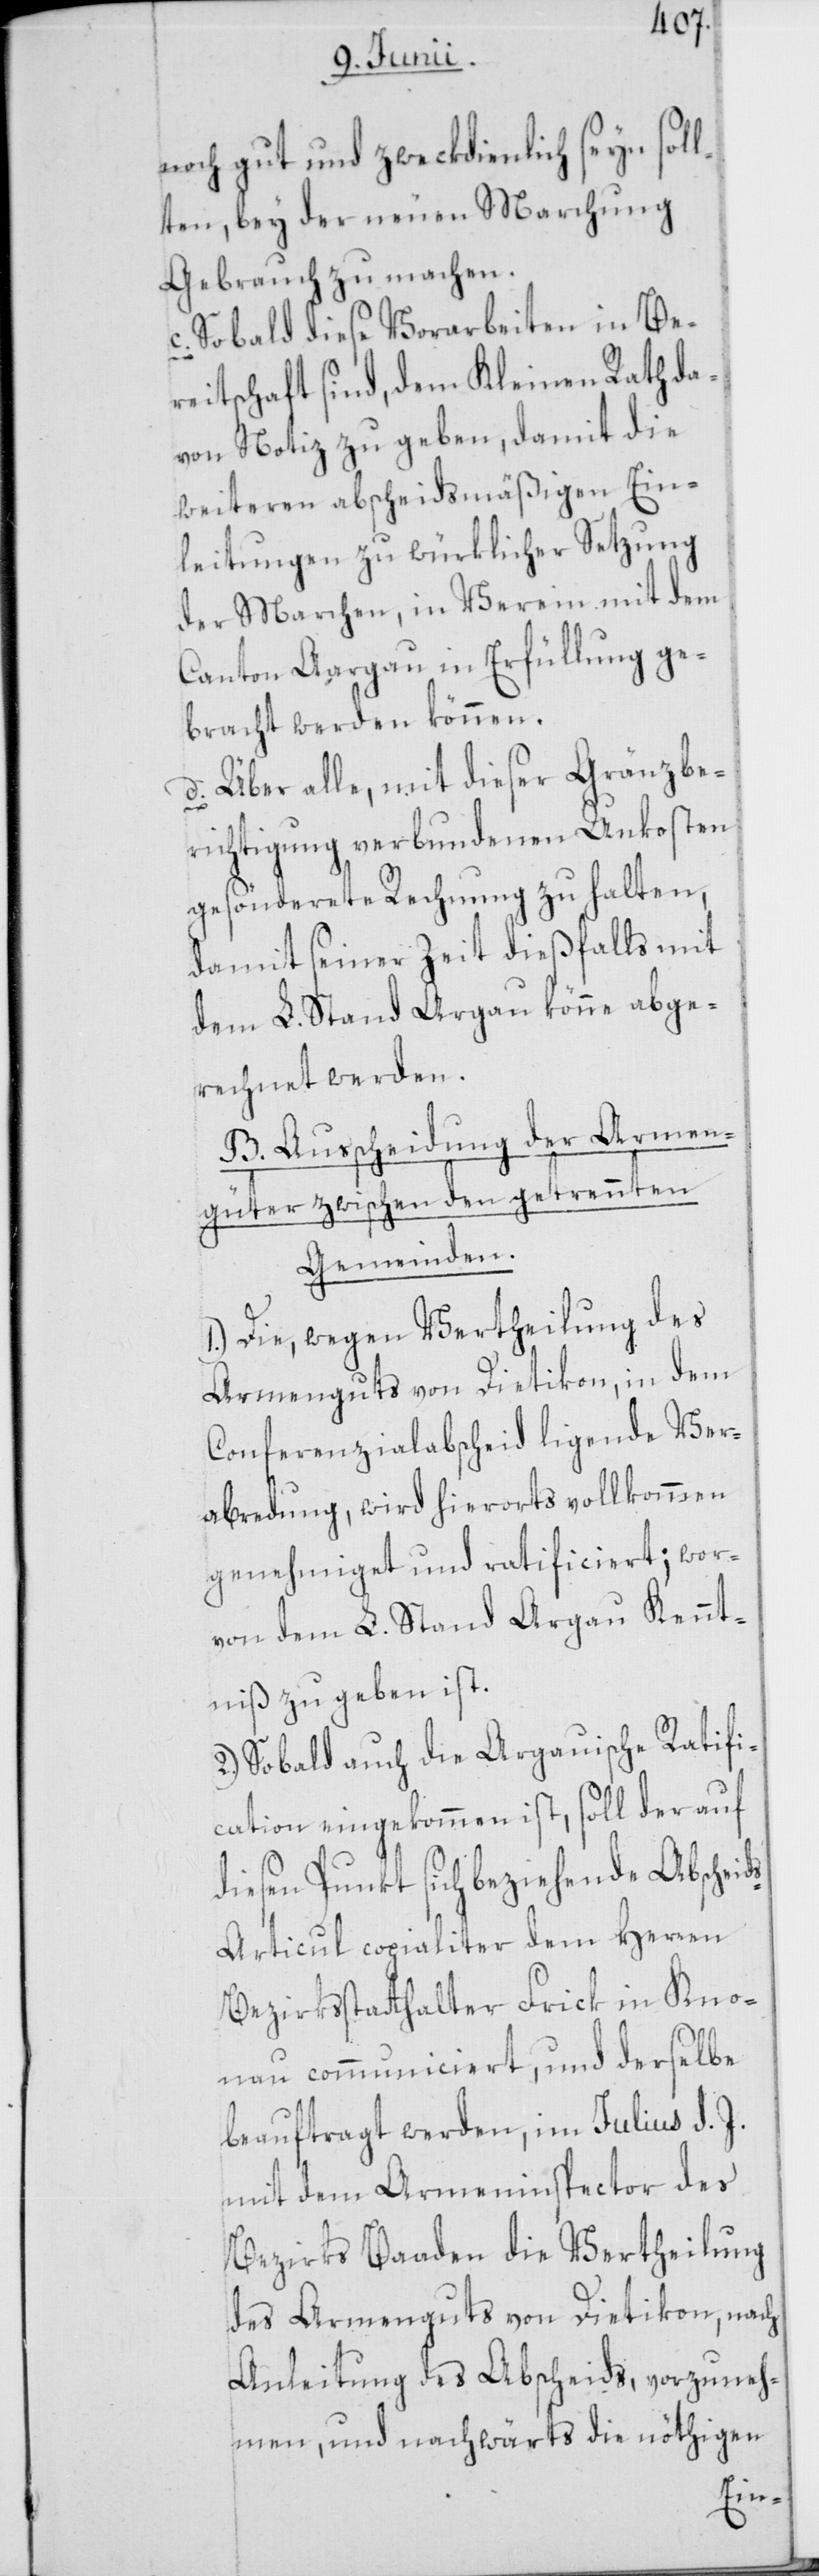
noch gut und zweckdienlich seyn sol¬
lten, bey der neuen Marchung
Gebrauch zu machen.
c. Sobald diese Vorarbeiten in Be¬
reitschaft sind, dem Kleinen Rath da¬
von Notiz zu geben, damit die
weiteren abscheidsmäßigen Ein¬
leitungen zu würklicher Setzung
der Marchen, im Verein mit dem
Canton Aargau in Erfüllung ge¬
bracht werden können.
d. Über alle, mit dieser Gränzbe¬
richtigung verbundenen Unkosten
gesönderete Rechnung zu halten,
damit seiner Zeit dießfalls mit
dem L. Stand Argau könne abge¬
rechnet werden.
B. Ausscheidung der Armen¬
güter zwischen den getrennten
Gemeinden.
1.) Die, wegen Vertheilung des
Armenguts von Dietikon, in dem
Conferenzialabscheid ligende Ver¬
abredung, wird hierorts vollkommen
genehmiget und ratificiert; wor¬
von dem L. Stand Argau Kennt¬
niß zu geben ist.
2.) Sobald auch die Argauische Ratifi¬
cation eingekommen ist, soll der auf
diesen Punkt sich beziehende Abscheid¬
s-Articul copialiter dem Herren
Bezirkßtatthalter Frick in Kno¬
nau communiciert, und derselbe
beauftragt werden, im Julius d. J.
mit dem Armeninspector des
Bezirks Baaden die Vertheilung
des Armenguts von Dietikon, nach
Anleitung des Abscheids, vorzuneh¬
men, und nachwärts die nöthigen